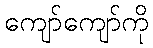
ကျော်ကျော်ကို